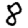
Digit: 8